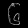
Digit: ၆